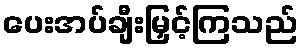
ပေးအပ်ချီးမြှင့်ကြသည်